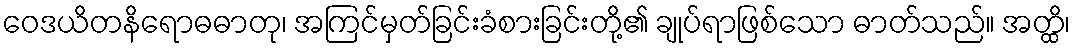
ဝေဒယိတနိရောဓဓာတု၊ အကြင်မှတ်ခြင်းခံစားခြင်းတို့၏ ချုပ်ရာဖြစ်သော ဓာတ်သည်။ အတ္ထိ၊